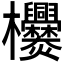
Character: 𣡿